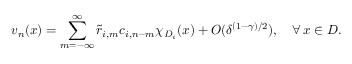
v _ { n } ( x ) = \sum _ { m = - \infty } ^ { \infty } \Tilde { r } _ { i , m } c _ { i , n - m } \chi _ { D _ { i } } ( x ) + O ( \delta ^ { ( 1 - \gamma ) / 2 } ) , \quad \forall \, x \in D .